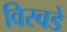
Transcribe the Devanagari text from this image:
विरवडे